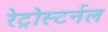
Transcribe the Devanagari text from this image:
रेट्रोस्टर्नल